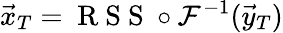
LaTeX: \vec{x}_{T}=\mathrm{~R~S~S~}\circ\mathcal{F}^{-1}(\vec{y}_{T})